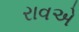
રાવએ